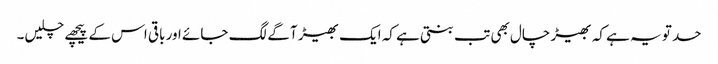
حد تو یہ ہے کہ بھیڑ چال بھی تب بنتی ہے کہ ایک بھیڑ آگے لگ جائے اور باقی اس کے پیچھے چلیں۔